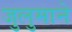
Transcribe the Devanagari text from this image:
जुलुमाने